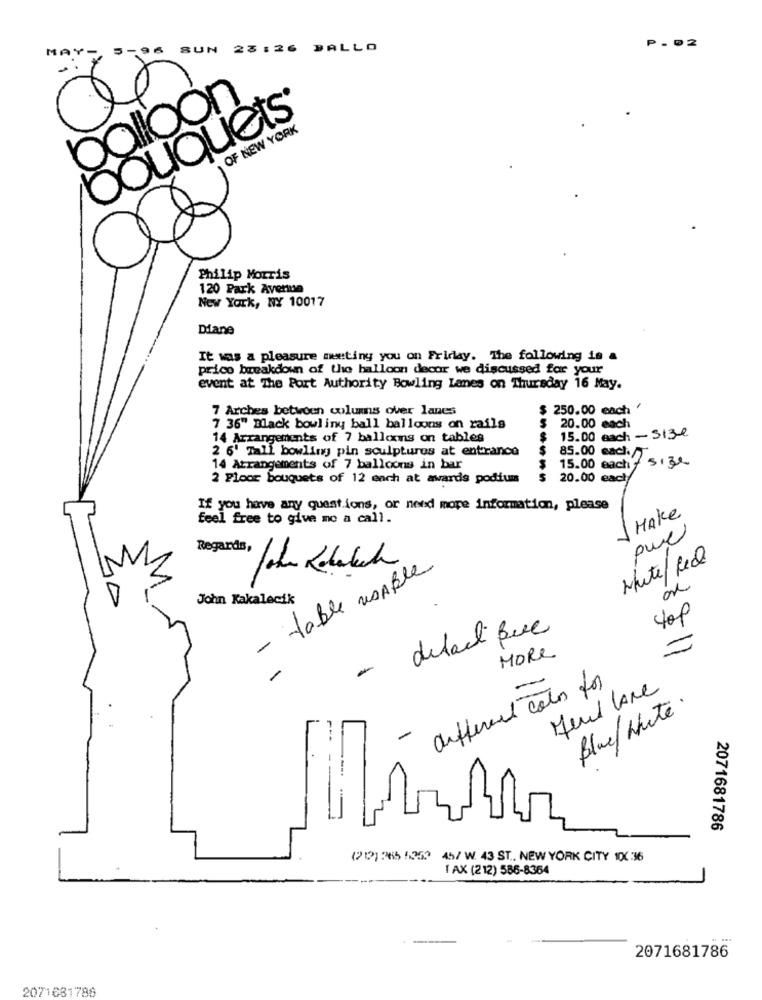
MAY-
5-96
SUN 23:26 PALLO
P . 02
balloon
bouquets®
OF NEW YORK
Philip Morris
120 Park Avenue
New York, NY 10017
Diane
It was a pleasure meeting you on Friday. The following is a
prico breakdown of the balloon decor we discussed for your
event at The Port Authority Bowling Lanes on Thursday 16 May.
7 Arches between columns over lanes
$ 250.00 each ?
7 36" Black bowling ball balloons on rails
20.00 each
14 Arrangements of 7 balloons on tables
15.00 each - size
2 6' Tall bowling pin sculptures at entrance
85.00 each./
14 Arrangements of 7 balloons in bar
15.00 each
die size
2 Floor bouquets of 12 each at awards podium
20.00 each
If you have any questions, or need more information, please
HAke
feel free to give me a call.
pue
Regards,
Nute/ Real
- table usaBle
John Kakalecik
top
detail que
MORE
-
different colo for
Fend lane
Blue / white.
-
2071681786
(212) 265 5353 45/ W. 43 ST .. NEW YORK CITY 100 36
I AX (212) 586-8364
2071681786
2071681786